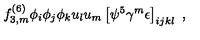
f _ { 3 , m } ^ { ( 6 ) } \phi _ { i } \phi _ { j } \phi _ { k } u _ { l } u _ { m } \left[ \psi ^ { 5 } \gamma ^ { m } \epsilon \right] _ { i j k l } \ ,